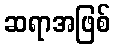
ဆရာအဖြစ်